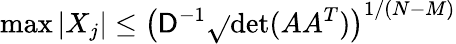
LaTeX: \operatorname*{max}|X_{j}|\leq\left(\mathsf{D}^{-1}{\sqrt{}{{\operatorname*{det}(AA^{T})}}}\right)^{1/(N-M)}